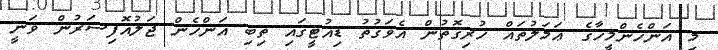
މި އަންހެންމީހާގެ ޢަމަލުތައް ހުރިގޮތުން އެވަގުތު ޑިއުޓީގައި ތިބި އަންހެން ޖަލުއޮފިސަރުން ވަނީ